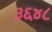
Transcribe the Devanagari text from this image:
३६४८